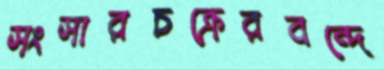
সংসারচক্রেরবন্দে